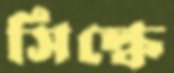
সিল্কে